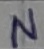
Text: N